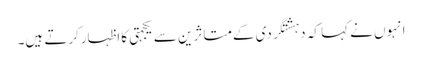
انہوں نے کہا کہ دہشتگردی کےمتاثرین سے یکجہتی کااظہارکرتے ہیں۔